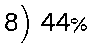
8) 44%